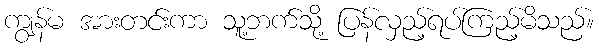
ကျွန်မ အားတင်းကာ သူ့ဘက်သို့ ပြန်လှည့်ရပ်ကြည့်မိသည်။